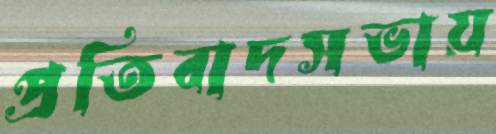
প্রতিবাদসভায়